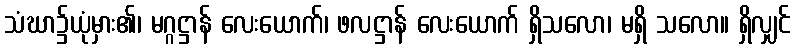
သံဃာ၌ယုံမှား၏၊ မဂ္ဂဋ္ဌာန် လေးယောက်၊ ဖလဋ္ဌာန် လေးယောက် ရှိသလော၊ မရှိ သလော။ ရှိလျှင်